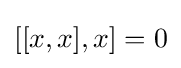
[[x,x],x]=0